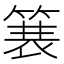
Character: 𫞽